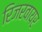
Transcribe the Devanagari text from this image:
रिजरवायर